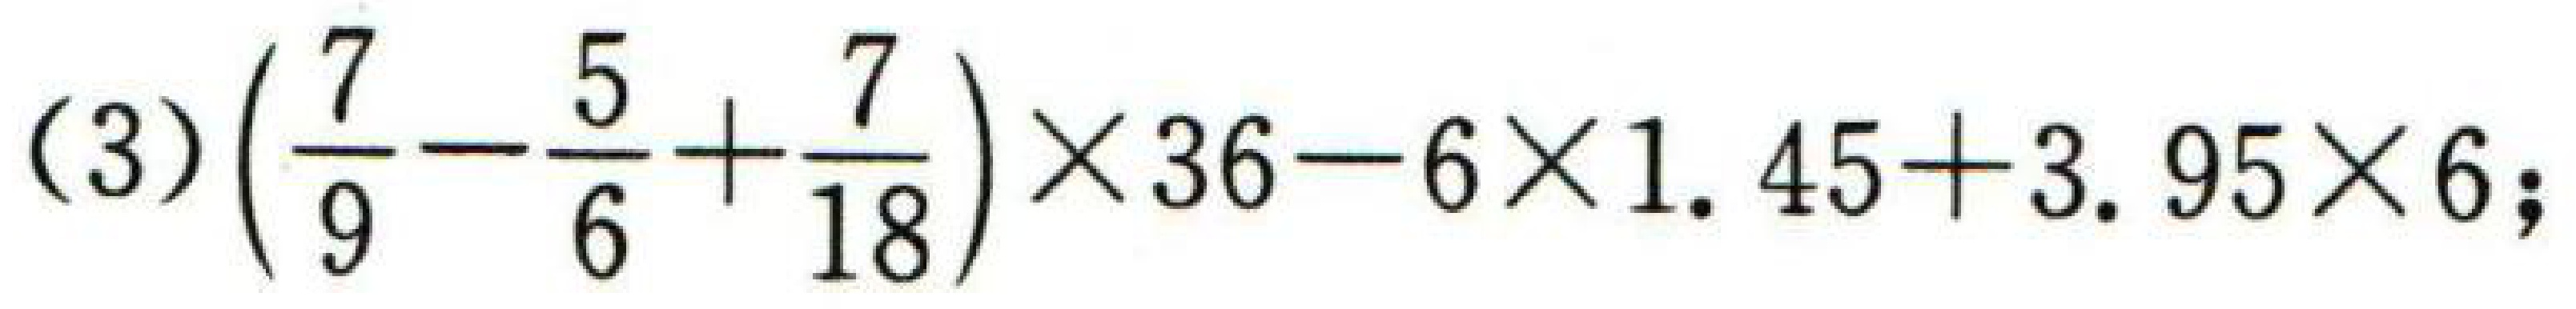
(3)\(\left(\frac{7}{9}-\frac{5}{6}+\frac{7}{18}\right)\times36 - 6\times1.45 + 3.95\times6\);